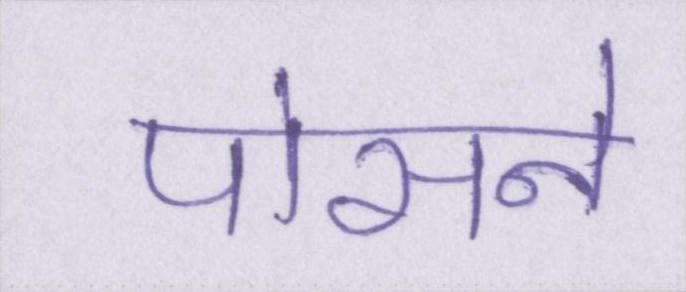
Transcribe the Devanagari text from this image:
पोसने